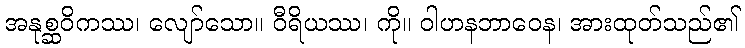
အနုစ္ဆဝိကဿ၊ လျော်သော။ ဝီရိယဿ၊ ကို။ ဝါဟနဘာဝေန၊ အားထုတ်သည်၏